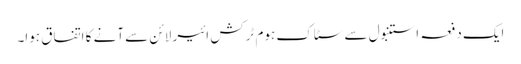
ایک دفعہ استنبول سے سٹاک ہوم ٹرکش ائیر لائن سے آنے کا اتفاق ہوا۔